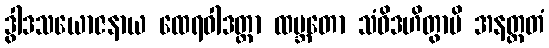
ဒွါဒသယောဇနာယ ထေရဝါဒတ္တာ ထမ္ဘတော သံဝိဒဟိတွာပိ အနတ္ထတံ